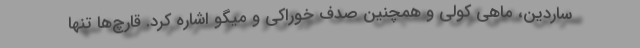
ساردین، ماهی کولی و همچنین صدف خوراکی و میگو اشاره کرد. قارچ‌ها تنها